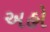
અહો